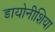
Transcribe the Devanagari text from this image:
डायोनीशिया